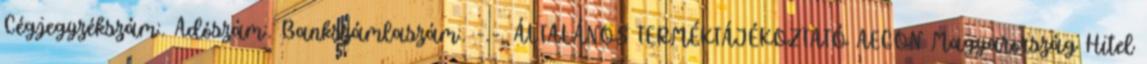
Cégjegyzékszám:. Adószám:. Bankszámlaszám:. -.-. ÁLTALÁNOS TERMÉKTÁJÉKOZTATÓ AEGON Magyarország Hitel